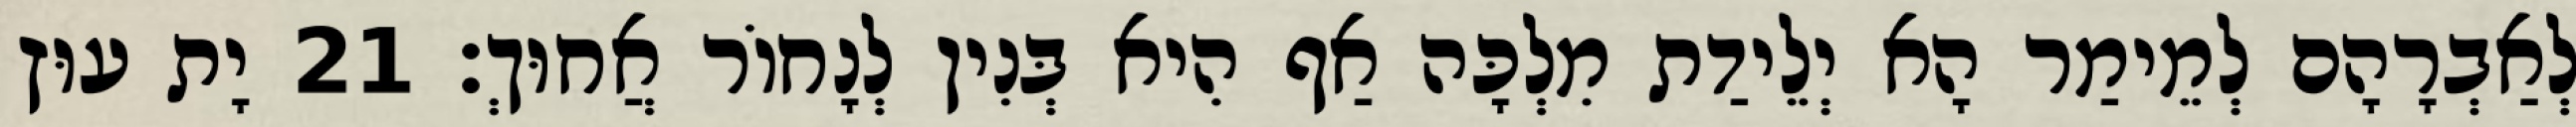
לְאַבְרָהָם לְמֵימַר הָא יְלֵידַת מִלְכָּה אַף הִיא בְּנִין לְנָחוֹר אֲחוּךְ׃ 21 יָת עוּץ